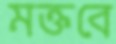
মক্তবে